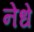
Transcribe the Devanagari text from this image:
नेधे